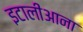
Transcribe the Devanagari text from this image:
इटालीआना